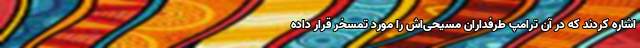
اشاره کردند که در آن ترامپ طرفداران مسیحی‌اش را مورد تمسخر قرار داده